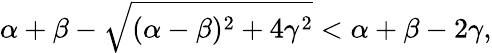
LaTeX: \alpha+\beta-\sqrt{(\alpha-\beta)^{2}+4\gamma^{2}}<\alpha+\beta-2\gamma,